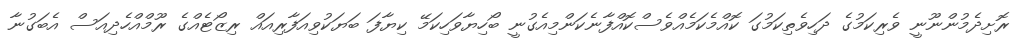
ރޮށިދެމުންނޫނީ ވެރިކަމުގެ ދަހިވެތިކަމުގަ ކޮއްމެކަމެއްވެސްކޮއްފާނެކަންމިއެގުނީ ބޯހިޔާވަހިކަމޭ ކިޔާފަ ބަޔަކުވިއަފާރިއައް ރިޒޯޓެއްގެ ރޫމްއްހެދިއަސް އެބަގުނާ